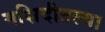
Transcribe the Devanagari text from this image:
मशिदीतल्या